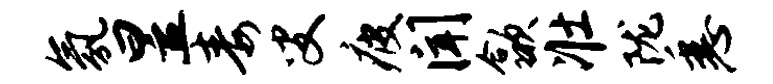
氛昱毒叟疲闻歙壮陇悉